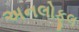
અનલોફૂલ